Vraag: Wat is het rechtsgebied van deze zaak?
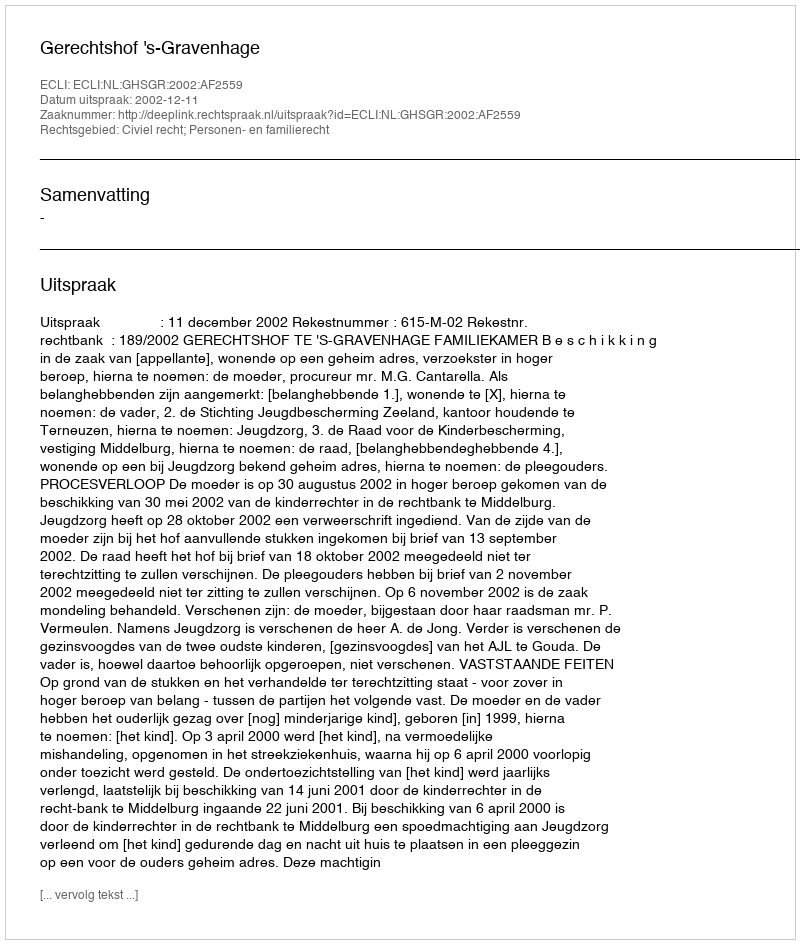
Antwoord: Civiel recht; Personen- en familierecht